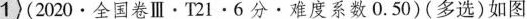
1 (2020·全国卷Ⅲ·T21·6分·难度系数 0.50 )(多选)如图